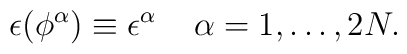
\epsilon (\phi^\alpha )\equiv \epsilon ^\alpha \;\;\;\;\alpha =1,\ldots,2N.